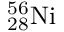
\mathrm { _ { 2 8 } ^ { 5 6 } N i }